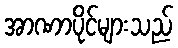
အာဏာပိုင်များသည်